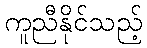
ကူညီနိုင်သည့်